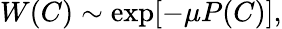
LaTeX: W(C)\sim\exp[-\mu P(C)],